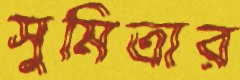
সুমিত্রার